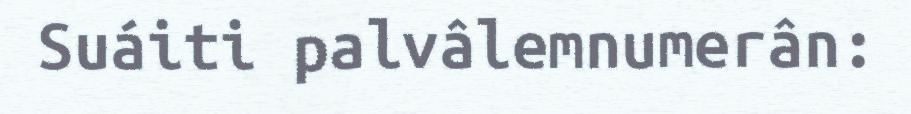
Suáiti palvâlemnumerân: